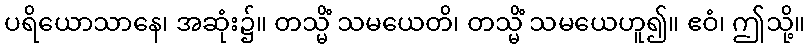
ပရိယောသာနေ၊ အဆုံး၌။ တသ္မိံ သမယေတိ၊ တသ္မိံ သမယေဟူ၍။ ဧဝံ၊ ဤသို့။